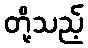
တို့သည့်